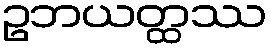
ဥဘယတ္ထဿ